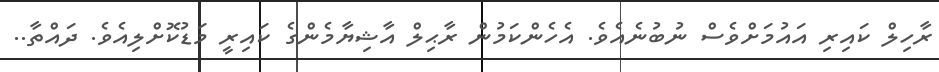
ރާހިލް ކައިރި އައުމަށްވެސް ނުބުނެއެވެ. އެހެންކަމުން ރާޙިލް އާޝިޔާމެންގެ ކައިރީ މަޑުކޮށްލިއެވެ. ދައްތާ..